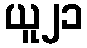
ယူ၂၁